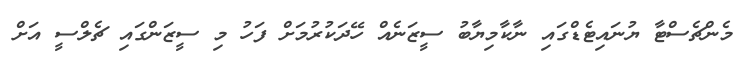
މެންޗެސްޓާ ޔުނައިޓެޑްގައި ނާކާމިޔާބު ސީޒަނެއް ހޭދަކުރުމަށް ފަހު މި ސީޒަންގައި ޗެލްސީ އަށް